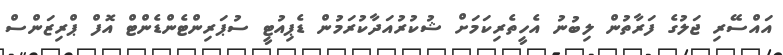
އައްސޭރި ޖަލުގެ ފަރާތުން ލިބުނު އެހީތެރިކަމަށް ޝުކުރުއަދާކުރަމުން ޑެޕިއުޓީ ސުޕަރިންޓެންޑެންޓް އޮފް ޕްރިޒަންސް